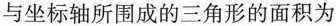
与坐标轴所围成的三角形的面积为